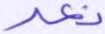
نعد